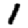
Digit: 1